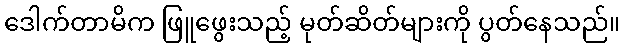
ဒေါက်တာမိက ဖြူဖွေးသည့် မုတ်ဆိတ်များကို ပွတ်နေသည်။